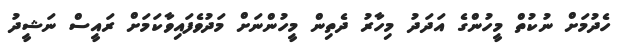
ހެދުމަށް ނުކުތް މީހުންގެ އަދަދު މިހާރު ދެތިން މީހުންނަށް މަދުވެފައިވާކަމަށް ރައީސް ނަޝީދު